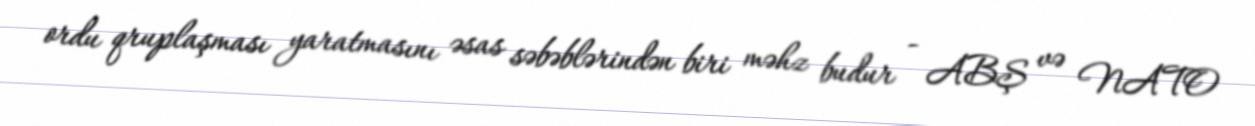
ordu qruplaşması yaratmasını əsas səbəblərindən biri məhz budur - ABŞ və NATO